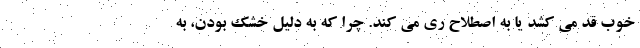
خوب قد می کشد یا به اصطلاح ری می کند. چرا که به دلیل خشک بودن، به